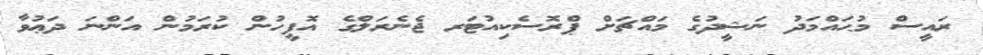
ރައީސް މުޙައްމަދު ނަޝީދުގެ މައްޗަށް ޕްރޮސެކިއުޓަރ ޖެނެރަލްގެ އޮފީހުން ކުރަމުން އަންނަ ދަޢުވާ